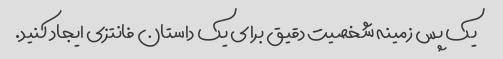
یک پس زمینه شخصیت دقیق برای یک داستان فانتزی ایجاد کنید.